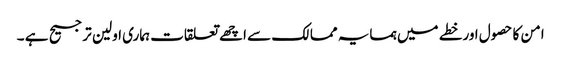
امن کا حصول اورخطے میں ہمسایہ ممالک سے اچھے تعلقات ہماری اولین ترجیح ہے ۔